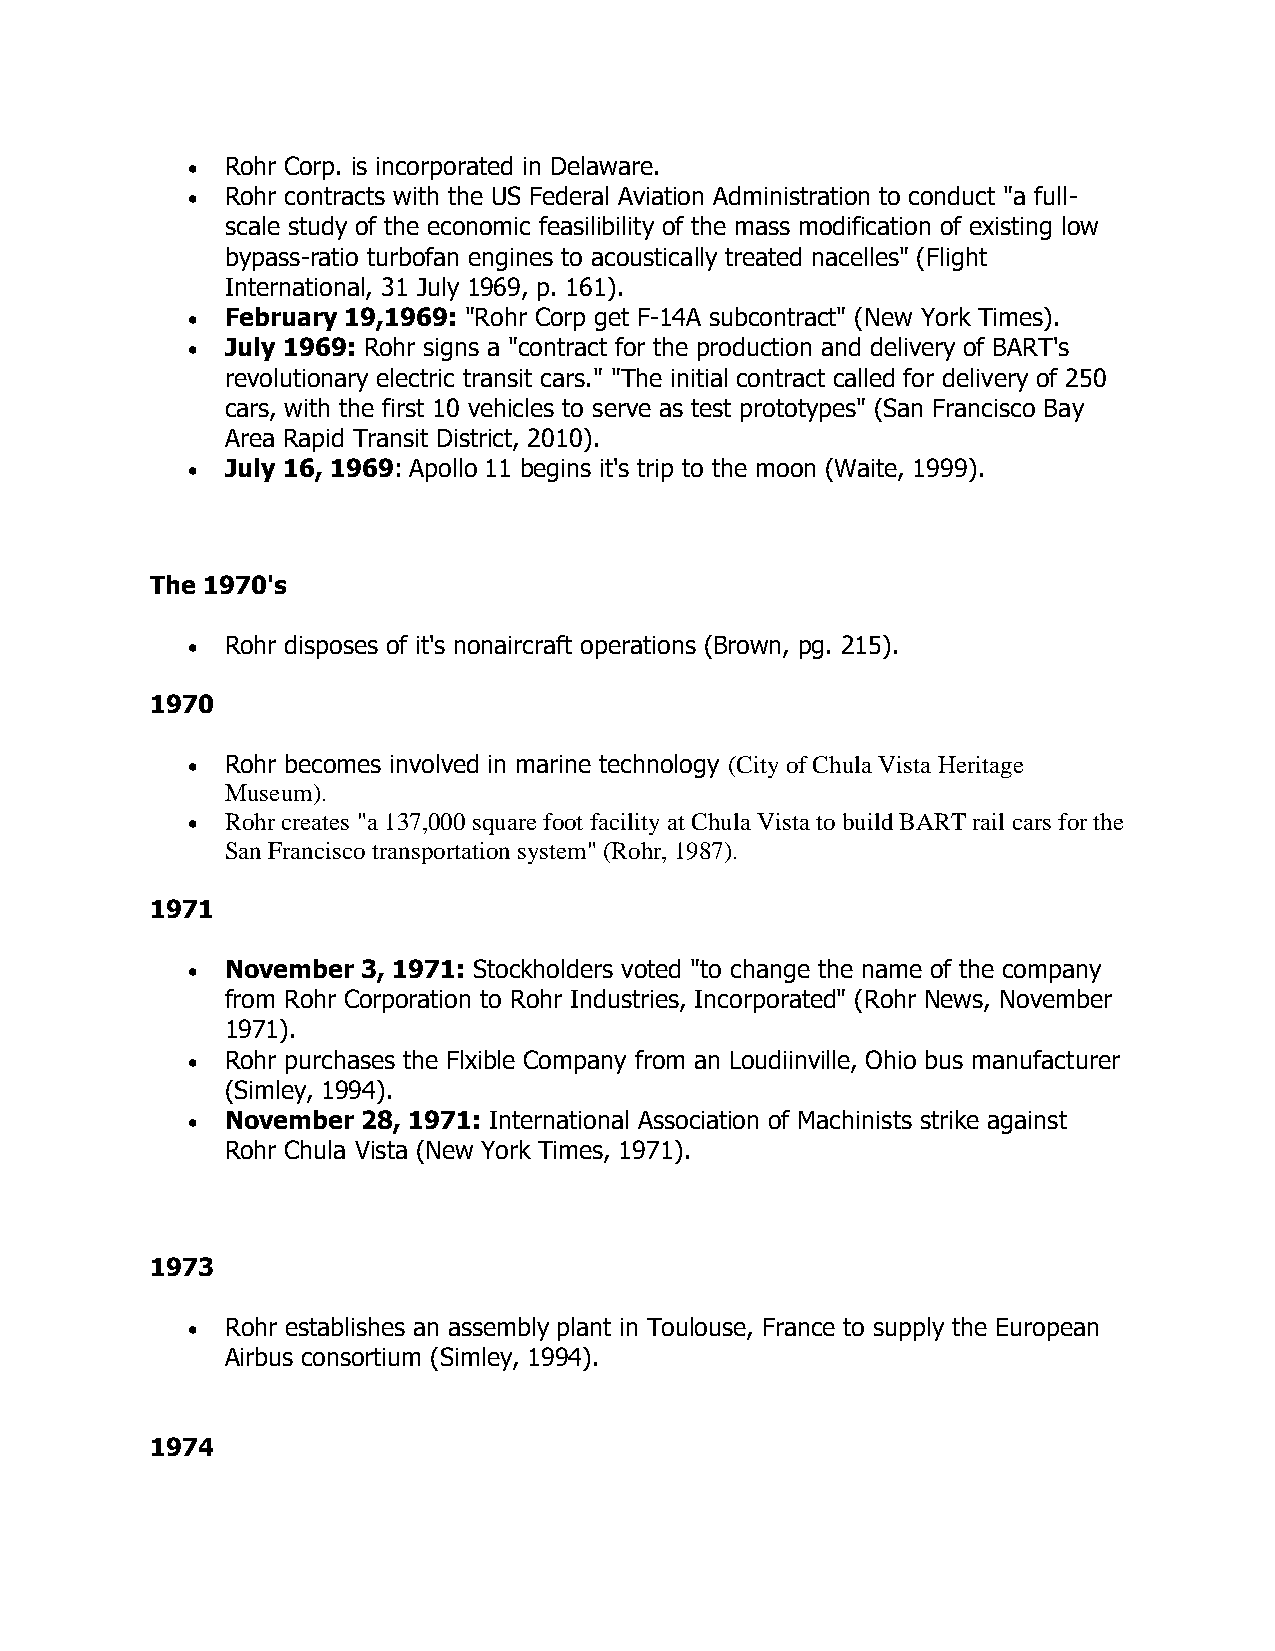
•  Rohr Corp. is incorporated in Delaware.
 •  Rohr contracts with the US Federal Aviation Administration to conduct "a full-
 scale study of the economic feasilibility of the mass modification of existing low
 bypass-ratio turbofan engines to acoustically treated nacelles" (Flight
 International, 31 July 1969, p. 161).
 •  February 19,1969: "Rohr Corp get F-14A subcontract" (New York Times).
 •  July 1969: Rohr signs a "contract for the production and delivery of BART's
 revolutionary electric transit cars." "The initial contract called for delivery of 250
 cars, with the first 10 vehicles to serve as test prototypes" (San Francisco Bay
 Area Rapid Transit District, 2010).
 •  July 16, 1969: Apollo 11 begins it's trip to the moon (Waite, 1999).
 The 1970's
 •  Rohr disposes of it's nonaircraft operations (Brown, pg. 215).
 1970
 •  Rohr becomes involved in marine technology (City of Chula Vista Heritage
 Museum).
 •  Rohr creates "a 137,000 square foot facility at Chula Vista to build BART rail cars for the
 San Francisco transportation system" (Rohr, 1987).
 1971
 •  November 3, 1971: Stockholders voted "to change the name of the company
 from Rohr Corporation to Rohr Industries, Incorporated" (Rohr News, November
 1971).
 •  Rohr purchases the Flxible Company from an Loudiinville, Ohio bus manufacturer
 (Simley, 1994).
 •  November 28, 1971: International Association of Machinists strike against
 Rohr Chula Vista (New York Times, 1971).
 1973
 •  Rohr establishes an assembly plant in Toulouse, France to supply the European
 Airbus consortium (Simley, 1994).
 1974